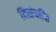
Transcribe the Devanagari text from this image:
विसंघटित